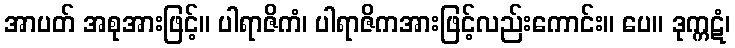
အာပတ် အစုအားဖြင့်။ ပါရာဇိကံ၊ ပါရာဇိကအားဖြင့်လည်းကောင်း။ ပေ။ ဒုက္ကဋံ၊